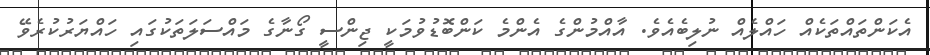
އެކަންތައްތަކެއް ހައްލެއް ނުލިބެއެވެ. އާއްމުންގެ އެންމެ ކަންބޮޑުވުމަކީ ޖިންސީ ގޯނާގެ މައްސަލަތަކުގައި ހައްޔަރުކުރެވޭ